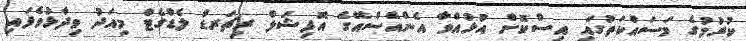
ކުރުމުގެ މަސައްކަތުގައި އިސްކޮށް އުޅުއްވާ އެންއެސްއޭގެ އޮފިޝަލް ރިޗަރޑް ލެޑްގެޓް މިއަދު ވިދާޅުވެފައި